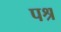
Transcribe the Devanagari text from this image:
पश्र